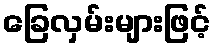
ခြေလှမ်းများဖြင့်